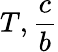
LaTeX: T,\frac{c}{b}